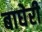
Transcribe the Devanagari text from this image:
बाघेरी